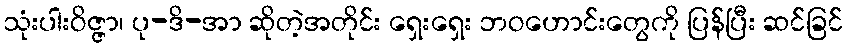
သုံးပါးဝိဇ္ဇာ၊ ပု-ဒိ-အာ ဆိုတဲ့အတိုင်း ရှေးရှေး ဘဝဟောင်းတွေကို ပြန်ပြီး ဆင်ခြင်